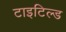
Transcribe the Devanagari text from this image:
टाइटिल्ड